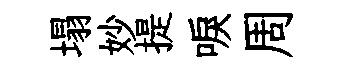
塌妙提唳周